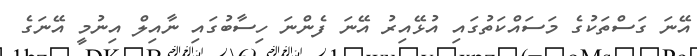
އޭނަ ގަސްތަކުގެ މަސައްކަތުގައި އުޅޭއިރު އޭނަ ފެންނަ ހިސާބުގައި ނާއިލް އިނުމީ އޭނަގެ